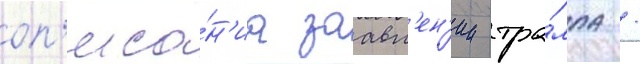
оп'иса́н'иа заавл'ен'ии тра́мпа /